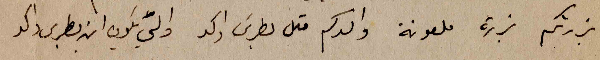
بزرتكم بزرة ملعونة والدكم متل بطرس واكد والّي يكون ابن بطرس واكد